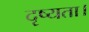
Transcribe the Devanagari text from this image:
दृष्यता।